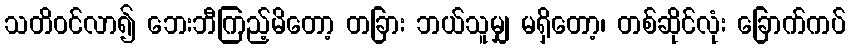
သတိဝင်လာ၍ ဘေးဘီကြည့်မိတော့ တခြား ဘယ်သူမျှ မရှိတော့၊ တစ်ဆိုင်လုံး ခြောက်ကပ်